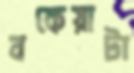
বকেয়াটা